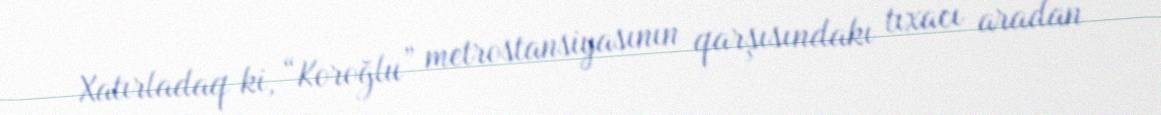
Xatırladaq ki, “Koroğlu” metrostansiyasının qarşısındakı tıxacı aradan